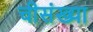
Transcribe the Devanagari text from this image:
चीसंख्या